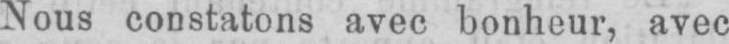
Nous constatons avec bonheur, avec